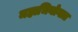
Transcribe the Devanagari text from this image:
महाभियोगात